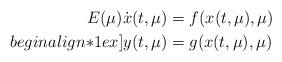
LaTeX: \begin{align*} E(\mu) \dot{x}(t,\mu) & = f(x(t,\mu),\mu) \\begin{align*}1ex] y(t,\mu) & = g(x(t,\mu),\mu) \end{align*}